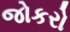
જોકરો